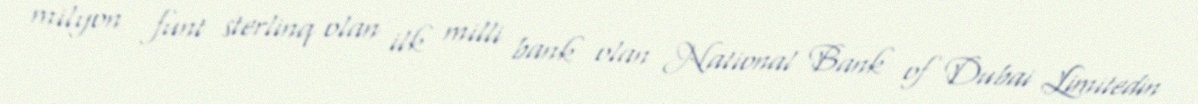
milyon funt sterlinq olan ilk milli bank olan National Bank of Dubai Limitedin